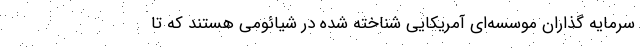
سرمایه گذاران موسسه‌ای آمریکایی شناخته شده در شیائومی هستند که تا